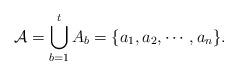
LaTeX: \begin{align*} \mathcal{A}=\bigcup_{b=1}^{t} A_b=\{a_1,a_2,\cdots,a_n\}.\end{align*}